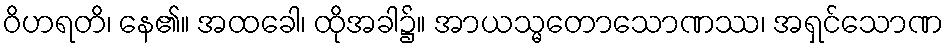
ဝိဟရတိ၊ နေ၏။ အထခေါ၊ ထိုအခါ၌။ အာယသ္မတောသောဏဿ၊ အရှင်သောဏ